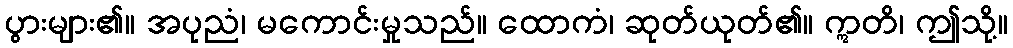
ပွားများ၏။ အပုညံ၊ မကောင်းမှုသည်။ ထောကံ၊ ဆုတ်ယုတ်၏။ ဣတိ၊ ဤသို့။